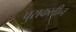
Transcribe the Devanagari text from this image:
पुराकलीन